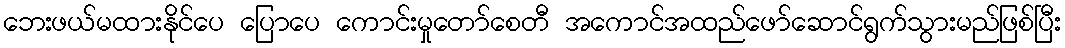
ဘေးဖယ်မထားနိုင်ပေ ပြောပေ ကောင်းမှုတော်စေတီ အကောင်အထည်ဖော်ဆောင်ရွက်သွားမည်ဖြစ်ပြီး